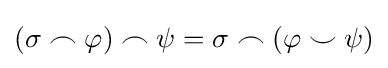
(\sigma \frown \varphi )\frown \psi =\sigma \frown (\varphi \smile \psi )